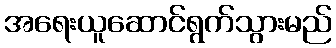
အရေးယူဆောင်ရွက်သွားမည်